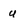
Character: u